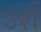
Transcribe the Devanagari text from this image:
उर्श